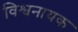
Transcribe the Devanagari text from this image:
विश्वनायक